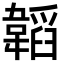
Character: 韜